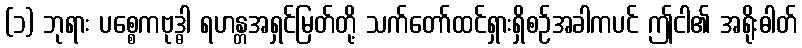
(၁) ဘုရား ပစ္စေကဗုဒ္ဓါ ရဟန္တအရှင်မြတ်တို့ သက်တော်ထင်ရှားရှိစဉ်အခါကပင် ဤငါ၏ အရိုးဓါတ်